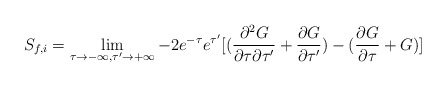
\begin{align*}S_{f,i}=\lim_{\tau \rightarrow -\infty,\tau' \rightarrow +\infty}-{2e^{- \tau}e^{\tau'}}[(\frac{\partial^2 G}{\partial \tau \partial \tau'} +\frac{\partial G}{\partial \tau'})-(\frac {\partial G}{\partial \tau} + G)]\end{align*}